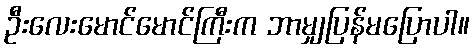
ဦးလေးမောင်မောင်ကြီးက ဘာမျှပြန်မပြောပါ။